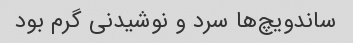
ساندویچ‌ها سرد و نوشیدنی گرم بود